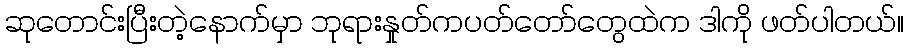
ဆုတောင်းပြီးတဲ့နောက်မှာ ဘုရားနှုတ်ကပတ်တော်တွေထဲက ဒါကို ဖတ်ပါတယ်။